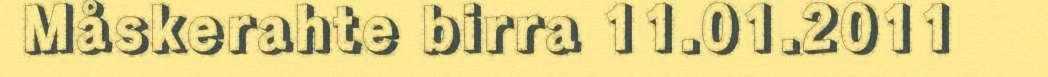
Måskerahte birra 11.01.2011